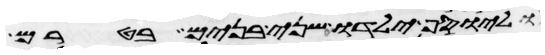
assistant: וליוסף ילדו שני בנים בטרם